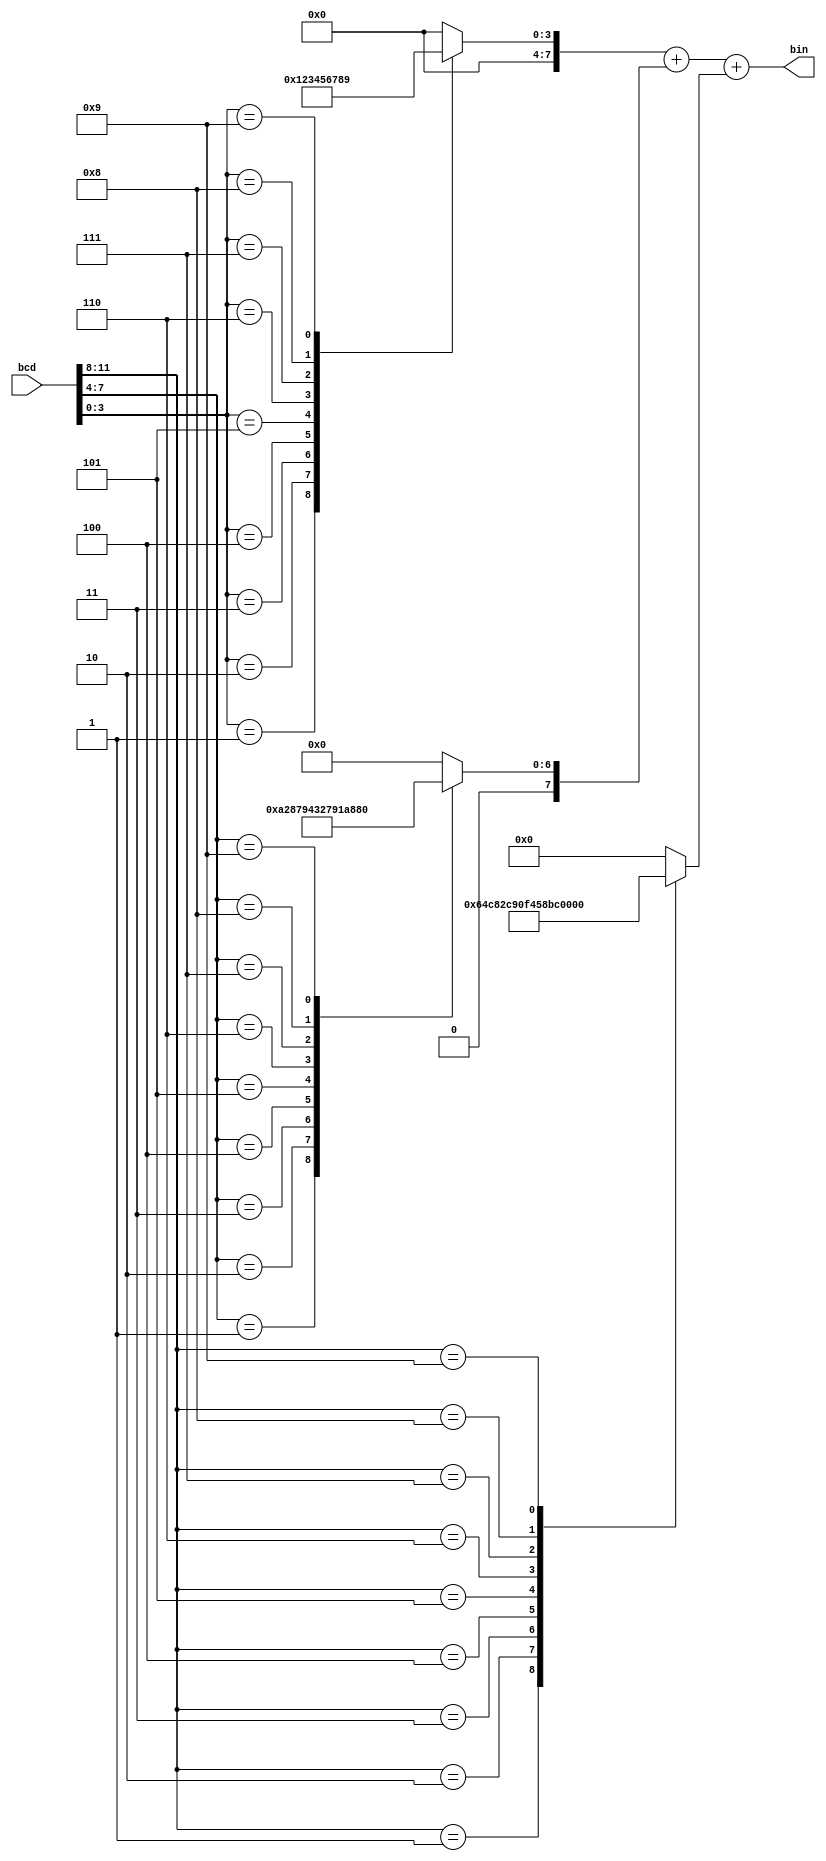
`timescale 1ns / 1ps
//////////////////////////////////////////////////////////////////////////////////
// Company: 
// Engineer: 
// 
// Design Name: 
// Module Name: bcd_bin
// Project Name: 
// Target Devices: 
// Tool Versions: 
// Description: 
// 
// Dependencies: 
// 
// Revision:
// Revision 0.01 - File Created
// Additional Comments:
// 
//////////////////////////////////////////////////////////////////////////////////


module bcd_bin(
input [11:0]bcd,
output reg [7:0]bin);

reg [7:0]dig3, dig2, dig1;

always@(bcd)
begin
    case(bcd[3:0])		//Units digit
        0: dig1 = 0;
        1: dig1 = 1;
        2: dig1 = 2;
        3: dig1 = 3;
        4: dig1 = 4;
        5: dig1 = 5;
        6: dig1 = 6;
        7: dig1 = 7;
        8: dig1 = 8;
        9: dig1 = 9;
    endcase
    case(bcd[7:4])		//Tens digit
        0: dig2 = 0;
        1: dig2 = 10;
        2: dig2 = 20;
        3: dig2 = 30;
        4: dig2 = 40;
        5: dig2 = 50;
        6: dig2 = 60;
        7: dig2 = 70;
        8: dig2 = 80;
        9: dig2 = 90;
    endcase
    case(bcd[11:8])		//Hundereds digit
        0: dig3 = 0;
        1: dig3 = 100;
        2: dig3 = 200;
        3: dig3 = 300;
        4: dig3 = 400;
        5: dig3 = 500;
        6: dig3 = 600;
        7: dig3 = 700;
        8: dig3 = 800;
        9: dig3 = 900;
    endcase
    
//All the digits are added to get the binary
    bin = dig1 + dig2 + dig3;
end
endmodule